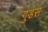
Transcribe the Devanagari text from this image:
गुडस